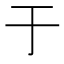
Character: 于